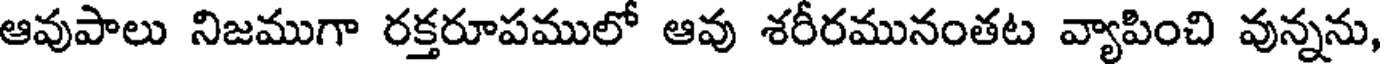
ఆవుపాలు నిజముగా రక్తరూపములో ఆవు శరీరమునంతట వ్యాపించి వున్నను,